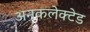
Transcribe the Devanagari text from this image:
अनकलेक्टेड